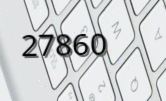
27860